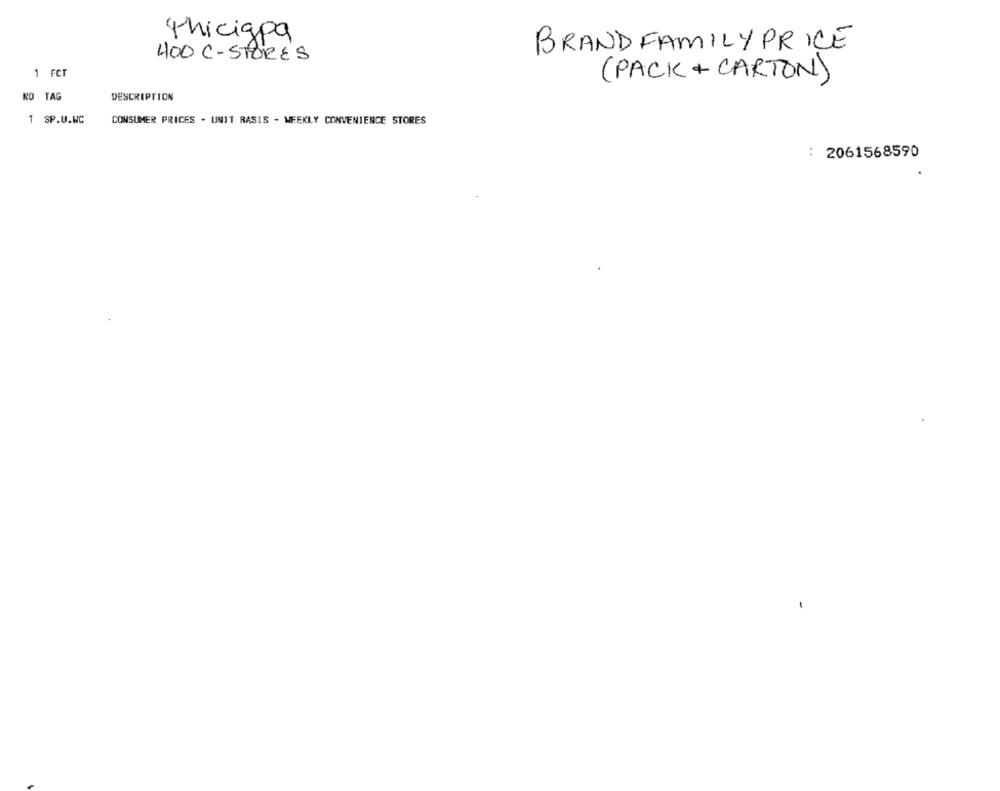
thiciapa
BRAND FAMILY PRICE
400 C-STORES
1 FCT
(PACK+CARTON)
KO TAG
DESCRIPTION
1 SP.U.WC
CONSUMER PRICES . UNIT RASIS - WEEKLY CONVENIENCE STORES
: 2061568590